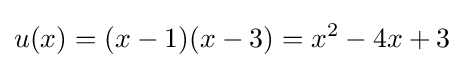
u(x)=(x-1)(x-3)=x^{2}-4x+3